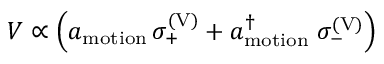
\begin{array} { r } { V \propto \left( a _ { \mathrm { m o t i o n } } \, \sigma _ { + } ^ { \mathrm { ( V ) } } + a _ { \mathrm { m o t i o n } } ^ { \dagger } \; \sigma _ { - } ^ { \mathrm { ( V ) } } \right) } \end{array}